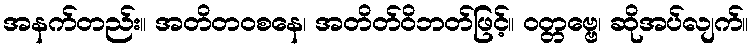
အနက်တည်း။ အတိတဝစနေ၊ အတိတ်ဝိဘတ်ဖြင့်။ ဝတ္တဗ္ဗေ၊ ဆိုအပ်လျက်။